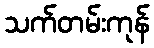
သက်တမ်းကုန်